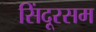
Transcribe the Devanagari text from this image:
सिंदूरसम